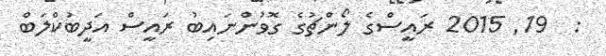
:  19